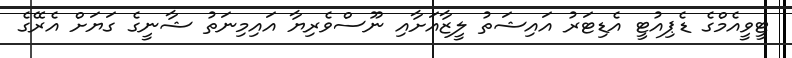
ޓީވީއެމްގެ ޑެޕިއުޓީ އެޑިޓަރު އައިޝަތު ލީޒާއަށާއި ނޫސްވެރިޔާ އައިމިނަތު ޝާނީގެ ގަޔަށް އެރޭގެ